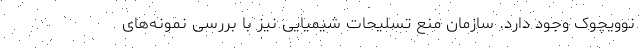
نوویچوک وجود دارد. سازمان منع تسلیحات شیمیایی نیز با بررسی نمونه‌های